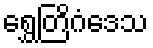
ရွှေတြိဂံဒေသ